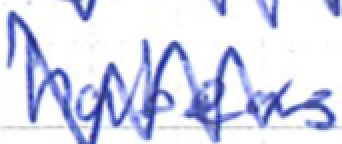
Text: habeas
Cross-out: zig-zag
Writing tool: ballpoint